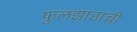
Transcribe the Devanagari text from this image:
फुलझाडाची